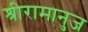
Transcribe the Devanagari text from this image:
श्रीरामानुज